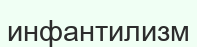
инфантилизм